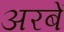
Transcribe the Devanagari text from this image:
अरबें